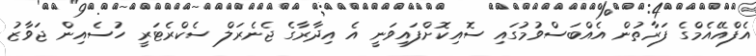
އެފްއޭއެމްގެ ފަރާތުން އެއްބަސްވުމުގައި ސޮއިކޮށްފައިވަނީ އެ އިދާރާގެ ޖެނެރަލް ސެކްރެޓަރީ ހުސެއިން ޖަވާޒު